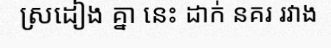
ស្រដៀង គ្នា នេះ ដាក់ នគរ រវាង